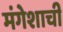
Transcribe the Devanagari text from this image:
मंगेशाची